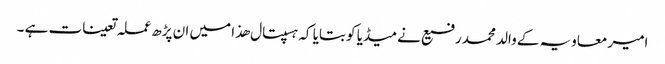
امیر معاویہ کے والد محمد رفیع نے میڈیا کو بتایا کہ ہسپتال ھذا میں ان پڑھ عملہ تعینات ہے ۔